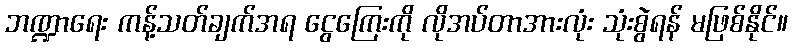
ဘဏ္ဍာရေး ကန့်သတ်ချက်အရ ငွေကြေးကို လိုအပ်တာအားလုံး သုံးစွဲရန် မဖြစ်နိုင်။